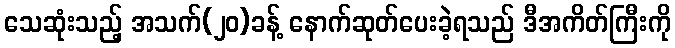
သေဆုံးသည့် အသက်(၂၀)ခန့် နောက်ဆုတ်ပေးခဲ့ရသည် ဒီအကိတ်ကြီးကို